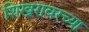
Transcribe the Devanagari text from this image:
शिखरावरच्या